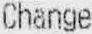
CHANGE